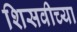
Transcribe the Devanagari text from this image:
शिसवीच्या